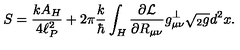
S = { \frac { k A _ { H } } { 4 \ell _ { P } ^ { 2 } } } + 2 \pi { \frac { k } { \hbar } } \int _ { H } { \frac { \partial { \cal L } } { \partial R _ { \mu \nu } } } g _ { \mu \nu } ^ { \perp } \sqrt { { } _ { 2 } g } d ^ { 2 } x .